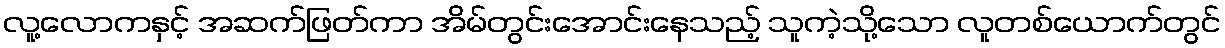
လူ့လောကနှင့် အဆက်ဖြတ်ကာ အိမ်တွင်းအောင်းနေသည့် သူကဲ့သို့သော လူတစ်ယောက်တွင်